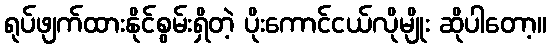
ရုပ်ဖျက်ထားနိုင်စွမ်းရှိတဲ့ ပိုးကောင်ငယ်လိုမျိုး ဆိုပါတော့။